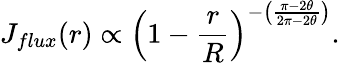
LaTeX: J_{flux}(r)\propto\Big(1-\frac{r}{R}\Big)^{-\big(\frac{\pi-2\theta}{2\pi-2\theta}\big)}.